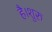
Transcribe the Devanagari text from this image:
है।शुरु